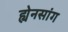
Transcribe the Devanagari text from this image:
ह्येनसांग